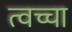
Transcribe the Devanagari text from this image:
त्वच्चा